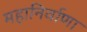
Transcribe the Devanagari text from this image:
महानिर्वाणा